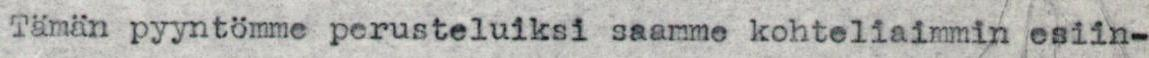
Tämän pyyntömme perusteluiksi saamme kohteliaimmin esiin-